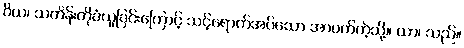
ဝိယ၊ သင်္ကန်းကိုခံယူခြင်းကြောင့် သင့်ရောက်အပ်သော အာပတ်ကဲ့သို့။ ယာ၊ သည်။